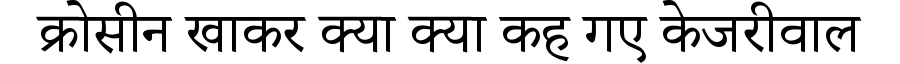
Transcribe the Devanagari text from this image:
क्रोसीन खाकर क्या क्या कह गए केजरीवाल